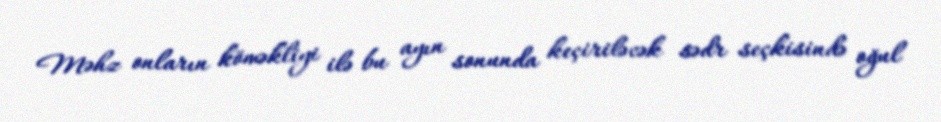
Məhz onların köməkliyi ilə bu ayın sonunda keçiriləcək sədr seçkisində oğul